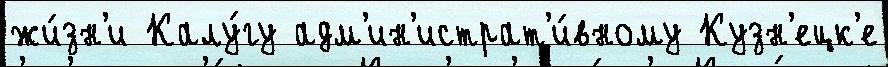
жи́зн'и Калу́гу адм'ин'истрат'и́вному Кузн'ецк'е